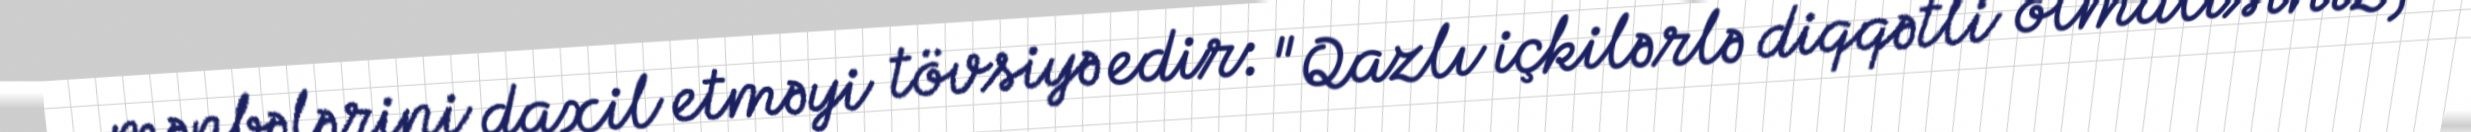
mənbələrini daxil etməyi tövsiyə edir: "Qazlı içkilərlə diqqətli olmalısınız,